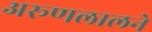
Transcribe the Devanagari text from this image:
अरूणलालने